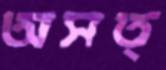
অসত্